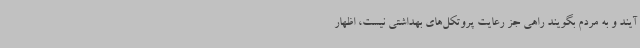
آیند و به مردم بگویند راهی جز رعایت پروتکل‌های بهداشتی نیست، اظهار